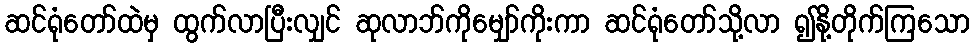
ဆင်ရုံတော်ထဲမှ ထွက်လာပြီးလျှင် ဆုလာဘ်ကိုမျှော်ကိုးကာ ဆင်ရုံတော်သို့လာ ၍နို့တိုက်ကြသော